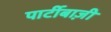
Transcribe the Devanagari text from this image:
पार्टीबाज़ी